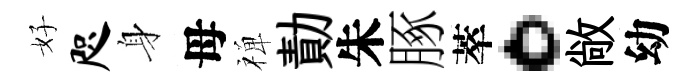
好咫身母禅勣朱䐁萃。敞幼